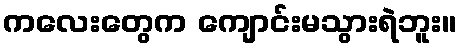
ကလေးတွေက ကျောင်းမသွားရဲဘူး။